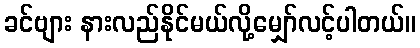
ခင်ဗျား နားလည်နိုင်မယ်လို့မျှော်လင့်ပါတယ်။